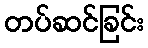
တပ်ဆင်ခြင်း